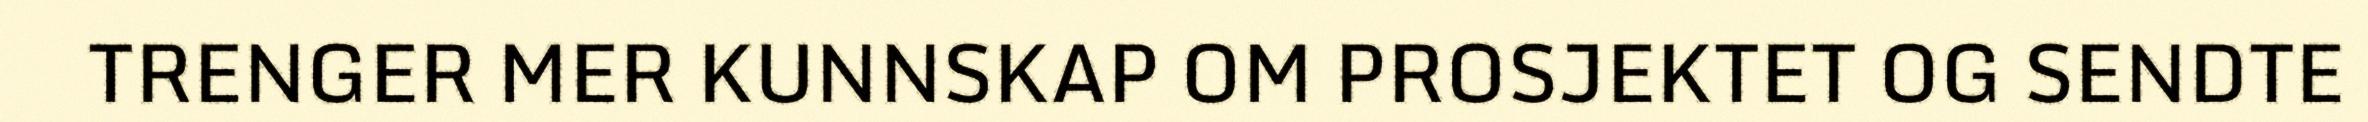
TRENGER MER KUNNSKAP OM PROSJEKTET OG SENDTE